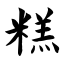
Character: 糕